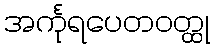
အင်္ကုရပေတဝတ္ထု